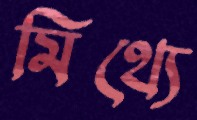
মিথ্যে